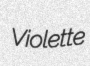
Violette